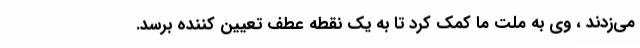
می‌زدند ، وی به ملت ما کمک کرد تا به یک نقطه عطف تعیین کننده برسد.